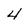
Character: 4